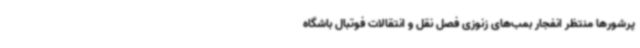
پرشورها منتظر انفجار بمب‌های زنوزی فصل نقل و انتقالات فوتبال باشگاه